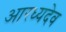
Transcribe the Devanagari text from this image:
आरध्यदेव